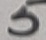
Text: 5